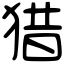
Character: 猎